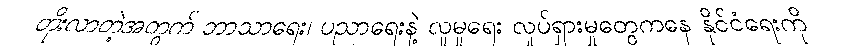
တိုးလာတဲ့အတွက် ဘာသာရေး၊ ပညာရေးနဲ့ လူမှုရေး လှုပ်ရှားမှုတွေကနေ နိုင်ငံရေးကို